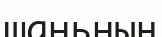
шаньның